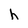
Character: h